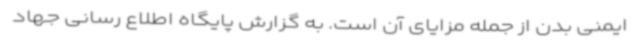
ایمنی بدن از جمله مزایای آن است. به گزارش پایگاه اطلاع رسانی جهاد